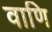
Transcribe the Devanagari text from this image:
वाणि